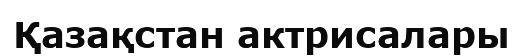
Қазақстан актрисалары